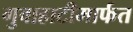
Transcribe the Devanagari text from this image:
गुवाहाटीमार्फत